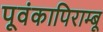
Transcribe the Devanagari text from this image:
पूवंकापिराम्बू